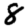
Digit: 8